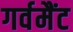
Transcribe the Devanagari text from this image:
गर्वमैंट